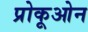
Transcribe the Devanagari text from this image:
प्रोकूओन